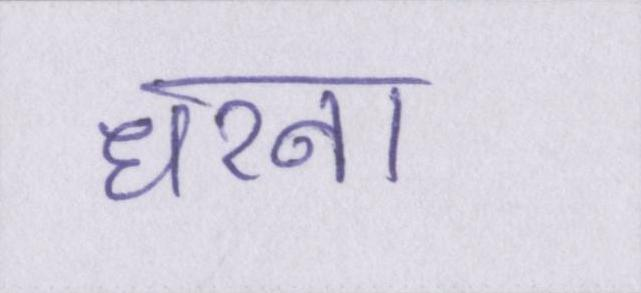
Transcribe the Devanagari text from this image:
धरना